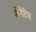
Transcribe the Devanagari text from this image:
योनैटिस